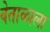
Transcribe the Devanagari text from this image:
वेताळाला